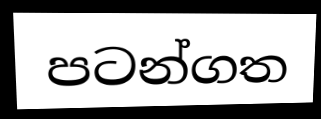
පටන්ගත